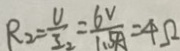
R _ { 2 } = \frac { U } { I _ { 2 } } = \frac { 6 V } { 1 . 5 A } = 4 \Omega